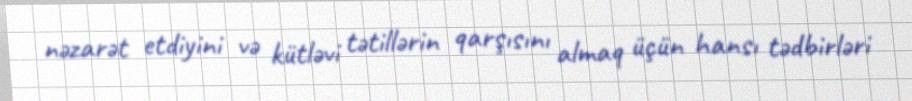
nəzarət etdiyini və kütləvi tətillərin qarşısını almaq üçün hansı tədbirləri